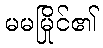
မမမြိုင်၏